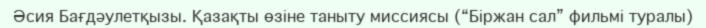
Әсия Бағдәулетқызы. Қазақты өзіне таныту миссиясы (“Біржан сал” фильмі туралы)